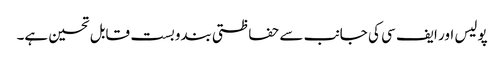
پولیس اور ایف سی کی جانب سے حفاظتی بندوبست قابل تحسین ہے۔